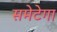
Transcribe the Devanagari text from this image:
समेटेगा